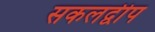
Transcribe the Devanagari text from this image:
सकलद्वीप